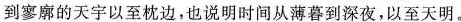
到寥廓的天宇以至枕边，也说明时间从薄暮到深夜，以至天明。